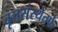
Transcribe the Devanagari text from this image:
वृत्तसंस्थेतर्फे